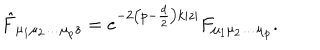
\hat { F } _ { \mu _ { 1 } \mu _ { 2 } \ldots \mu _ { p } z } = e ^ { - 2 \left( p - \frac { d } { 2 } \right) k | z | } F _ { \mu _ { 1 } \mu _ { 2 } \ldots \mu _ { p } } .